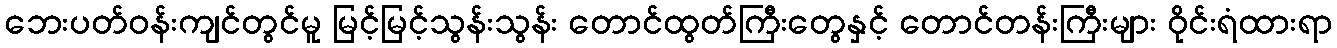
ဘေးပတ်ဝန်းကျင်တွင်မူ မြင့်မြင့်သွန်းသွန်း တောင်ထွတ်ကြီးတွေနှင့် တောင်တန်းကြီးများ ဝိုင်းရံထားရာ